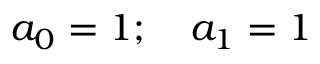
a _ { 0 } = 1 ; \quad a _ { 1 } = 1